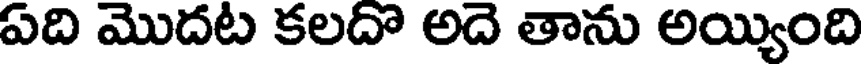
ఏది మొదట కలదొ అదె తాను అయ్యింది